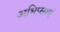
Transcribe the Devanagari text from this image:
अभिप्साएं